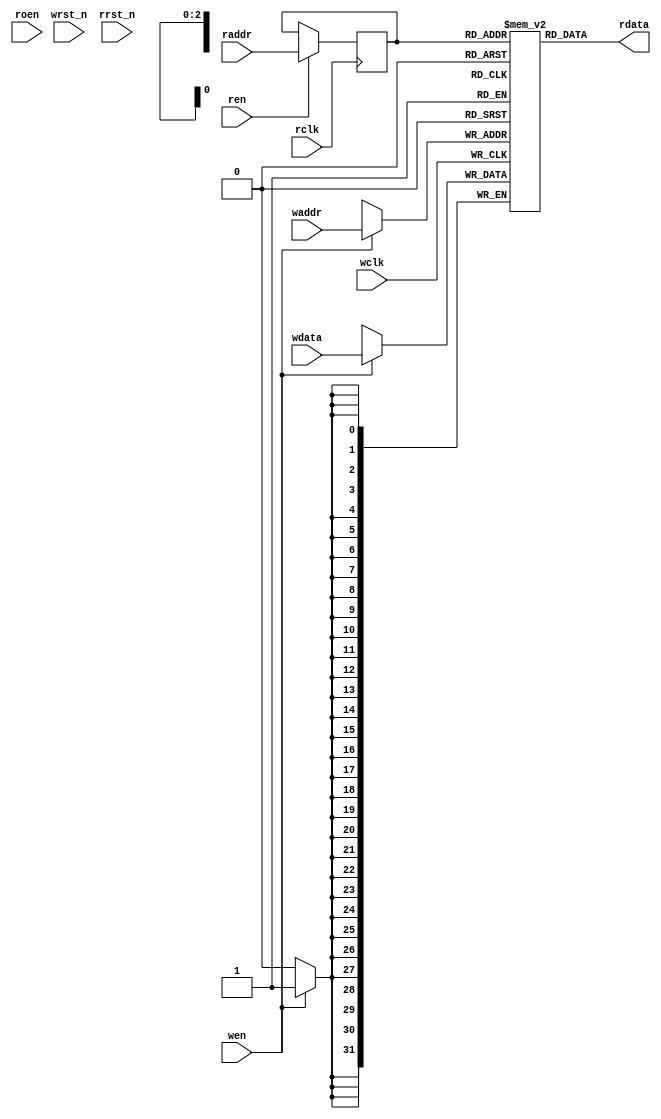
module generic_mem_medium(

    wclk,
    wrst_n,
    wen,
    waddr,
    wdata,

    rclk,
    rrst_n,
    ren,
    roen,
    raddr,
    rdata
);

//---
// Parameters

parameter DWIDTH = 32;
parameter AWIDTH = 3;
parameter RAM_DEPTH = (1 << AWIDTH);
parameter REGISTER_READ = 0;

//---
// Ports

input               wclk;
input               wrst_n;
input               wen;
input  [AWIDTH-1:0] waddr;
input  [DWIDTH-1:0] wdata;

input               rclk;
input               rrst_n;
input               ren;
input               roen;
input  [AWIDTH-1:0] raddr;
output [DWIDTH-1:0] rdata;

// Registered outputs
reg    [DWIDTH-1:0] rdata;


//---
// Local declarations

// Registers

reg  [DWIDTH-1:0] mem_rdata;
reg  [AWIDTH-1:0] raddr_d1;

// Memory

reg  [DWIDTH-1:0] mem [0:RAM_DEPTH-1];

// Variables

integer         i;


//---
// Memory Write

// Generate synchronous write
always @(posedge wclk)
begin
    if (wen) begin
        mem[waddr[AWIDTH-1:0]] <= wdata;
    end
end

//---
// Memory Read

// Generate registered memory read

`ifdef XIL

//always @(posedge rclk)
//begin
//    if (ren) begin
//        raddr_d1 <= raddr;
//    end
//end
//always @(raddr_d1, rclk)
//begin
//    mem_rdata = mem[raddr_d1[AWIDTH-1:0]];
//end

always @(posedge rclk)
begin
    if (!rrst_n) begin
        mem_rdata <= {(DWIDTH){1'b0}};
    end else if (ren) begin
        mem_rdata <= mem[raddr[AWIDTH-1:0]];
    end
end

`else

//always @(posedge rclk or negedge rrst_n)
//begin
//    if (!rrst_n) begin
//        mem_rdata <= {(DWIDTH){1'b0}};
//    end else if (ren) begin
//        mem_rdata <= mem[raddr[AWIDTH-1:0]];
//    end
//end

always @(posedge rclk)
begin
    if (ren) begin
        raddr_d1 <= raddr;
    end
end
always @(raddr_d1, rclk)
begin
    mem_rdata = mem[raddr_d1[AWIDTH-1:0]];
end

`endif

generate
    if (REGISTER_READ) begin

        // Generate registered output
        always @(posedge rclk or negedge rrst_n)
        begin
            if (!rrst_n) begin
                rdata <= {(DWIDTH){1'b0}};
            end else if (roen) begin
                rdata <= mem_rdata;
            end
        end

    end
    else begin

        // Generate unregisters output
        always @(mem_rdata)
        begin
            rdata = mem_rdata;
        end

    end
endgenerate

endmodule